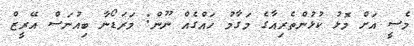
މެސީ އަށް މޮޅު ކުޅުންތެރިއާގެ މަގާމު ހައްގެއް ނޫން: މަރަޑޯނާ ބިއުނަސް އޭރީޒް